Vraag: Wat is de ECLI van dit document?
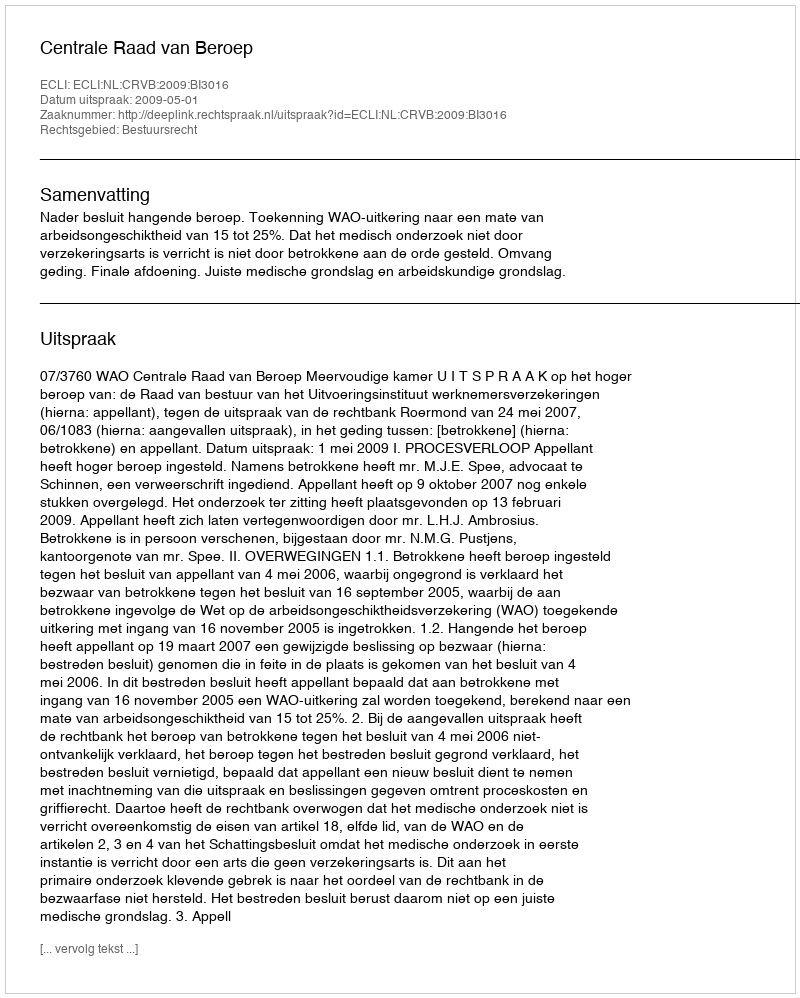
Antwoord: ECLI:NL:CRVB:2009:BI3016